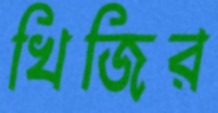
খিজির